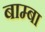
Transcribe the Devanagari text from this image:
बाम्बा